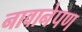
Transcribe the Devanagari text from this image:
नावानेपण